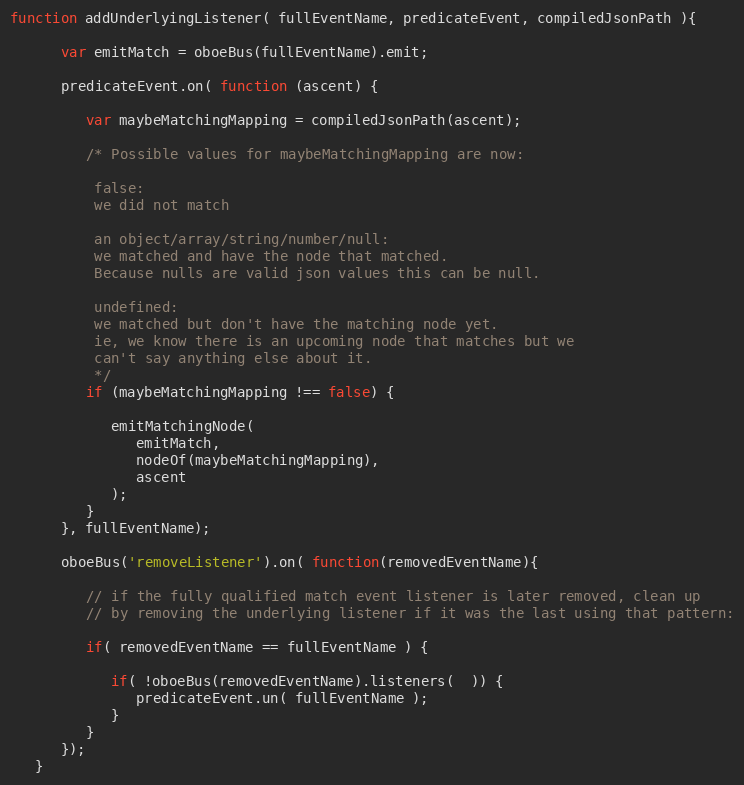
Language: JavaScript
function addUnderlyingListener( fullEventName, predicateEvent, compiledJsonPath ){

      var emitMatch = oboeBus(fullEventName).emit;

      predicateEvent.on( function (ascent) {

         var maybeMatchingMapping = compiledJsonPath(ascent);

         /* Possible values for maybeMatchingMapping are now:

          false:
          we did not match

          an object/array/string/number/null:
          we matched and have the node that matched.
          Because nulls are valid json values this can be null.

          undefined:
          we matched but don't have the matching node yet.
          ie, we know there is an upcoming node that matches but we
          can't say anything else about it.
          */
         if (maybeMatchingMapping !== false) {

            emitMatchingNode(
               emitMatch,
               nodeOf(maybeMatchingMapping),
               ascent
            );
         }
      }, fullEventName);

      oboeBus('removeListener').on( function(removedEventName){

         // if the fully qualified match event listener is later removed, clean up
         // by removing the underlying listener if it was the last using that pattern:

         if( removedEventName == fullEventName ) {

            if( !oboeBus(removedEventName).listeners(  )) {
               predicateEvent.un( fullEventName );
            }
         }
      });
   }